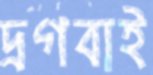
দ্রগবাই